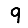
Digit: 9